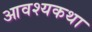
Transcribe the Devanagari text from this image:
आवश्यकथा